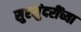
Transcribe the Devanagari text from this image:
सुरसुंदरींच्या